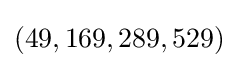
(49,169,289,529)